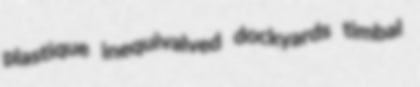
plastique inequivalved dockyards timbal